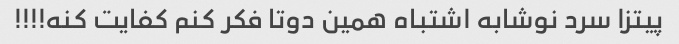
پیتزا سرد نوشابه اشتباه همین دوتا فکر کنم کفایت کنه!!!!